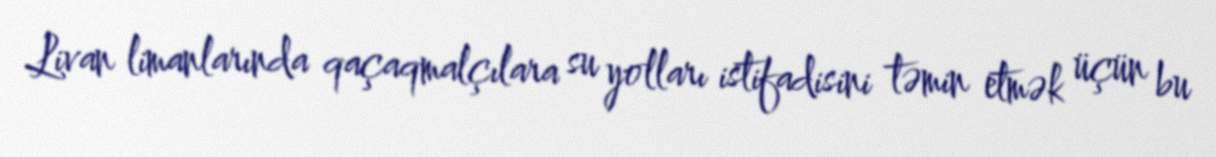
Livan limanlarında qaçaqmalçılara su yolları istifadisini təmin etmək üçün bu